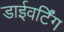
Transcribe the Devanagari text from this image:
डाईवर्टिंग